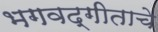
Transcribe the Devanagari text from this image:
भगवद्गीताचे